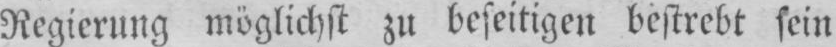
Regierung möglichst zu beseitigen bestrebt sein